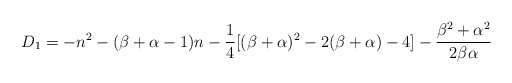
\begin{align*}D_1=-n^2-(\beta+\alpha-1)n-\frac{1}{4}[(\beta+\alpha)^2-2(\beta+\alpha)-4]-\frac{\beta^2+\alpha^2}{2\beta\alpha}\end{align*}